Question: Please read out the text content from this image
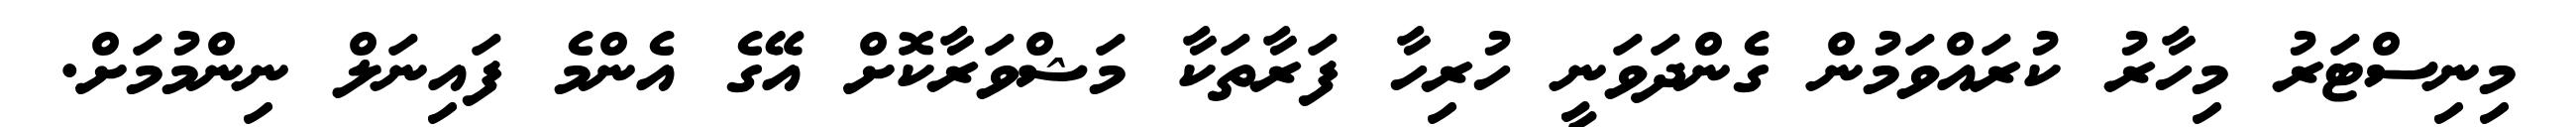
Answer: މިނިސްޓަރު މިހާރު ކުރައްވަމުން ގެންދަވަނީ ހުރިހާ ފަރާތަކާ މަޝްވަރާކޮށް އޭގެ އެންމެ ފައިނަލް ނިންމުމަށް.